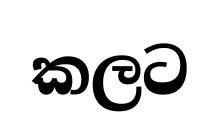
කලට